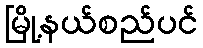
မြို့နယ်စည်ပင်